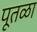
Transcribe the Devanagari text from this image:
पूतळा